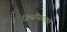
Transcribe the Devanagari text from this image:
जिप्सींसारख्या